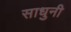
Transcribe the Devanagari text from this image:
साधुनी